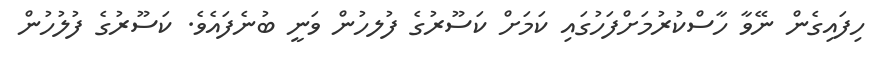
ހިފައިގެން ނޭވާ ހާސްކުރުމަށްފަހުގައި ކަމަށް ކަސޫރުގެ ފުލހުން ވަނީ ބުނެފައެވެ. ކަސޫރުގެ ފުލުހުން